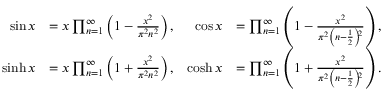
{ \begin{array} { r l r l } { \sin x } & { = x \prod _ { n = 1 } ^ { \infty } \left( 1 - { \frac { x ^ { 2 } } { \pi ^ { 2 } n ^ { 2 } } } \right) , } & { \cos x } & { = \prod _ { n = 1 } ^ { \infty } \left( 1 - { \frac { x ^ { 2 } } { \pi ^ { 2 } \left( n - { \frac { 1 } { 2 } } \right) \! { \vphantom { ) } } ^ { 2 } } } \right) , } \\ { \sinh x } & { = x \prod _ { n = 1 } ^ { \infty } \left( 1 + { \frac { x ^ { 2 } } { \pi ^ { 2 } n ^ { 2 } } } \right) , } & { \cosh x } & { = \prod _ { n = 1 } ^ { \infty } \left( 1 + { \frac { x ^ { 2 } } { \pi ^ { 2 } \left( n - { \frac { 1 } { 2 } } \right) \! { \vphantom { ) } } ^ { 2 } } } \right) . } \end{array} }